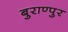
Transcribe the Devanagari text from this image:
बुराण्पुर